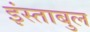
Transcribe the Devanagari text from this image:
इंस्ताबुल